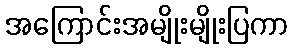
အကြောင်းအမျိုးမျိုးပြကာ